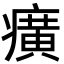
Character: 癀